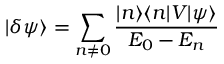
| \delta \psi \rangle = \sum _ { n \ne 0 } \frac { | n \rangle \langle n | V | \psi \rangle } { E _ { 0 } - E _ { n } }